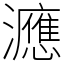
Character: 㶐